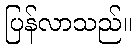
ပြန်လာသည်။